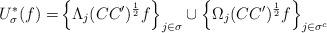
LaTeX: \begin{align*}U_{\sigma}^{*}(f)= & \left\{\Lambda_{j}(CC')^{\frac{1}{2}}f\right\}_{j\in\sigma}\cup\left\{\Omega_{j}(CC')^{\frac{1}{2}}f\right\}_{j\in\sigma^{c}}\end{align*}